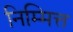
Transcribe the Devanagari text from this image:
निम्मित्त